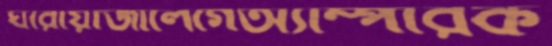
ঘরোয়াজালেগেঅ্যাম্পারক